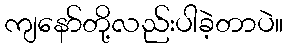
ကျနော်တို့လည်းပါခဲ့တာပဲ။